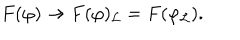
LaTeX: F ( \varphi ) \to F ( \varphi ) _ { \mathcal { L } } = F ( \varphi _ { \mathcal { L } } ) .